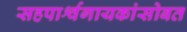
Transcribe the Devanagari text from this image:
सहपार्श्वगायकांसोबत